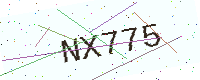
Text: NX775